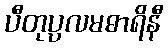
ပီတုပ္ပလမဓာရိနီ